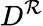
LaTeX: D^{\mathcal{R}}